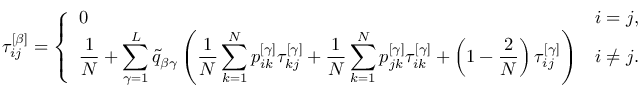
\tau _ { i j } ^ { \left[ \beta \right] } = \left\{ \begin{array} { l l } { \displaystyle 0 } & { \displaystyle i = j , } \\ { \displaystyle \frac { 1 } { N } + \sum _ { \gamma = 1 } ^ { L } \widetilde { q } _ { \beta \gamma } \left( \frac { 1 } { N } \sum _ { k = 1 } ^ { N } p _ { i k } ^ { \left[ \gamma \right] } \tau _ { k j } ^ { \left[ \gamma \right] } + \frac { 1 } { N } \sum _ { k = 1 } ^ { N } p _ { j k } ^ { \left[ \gamma \right] } \tau _ { i k } ^ { \left[ \gamma \right] } + \left( 1 - \frac { 2 } { N } \right) \tau _ { i j } ^ { \left[ \gamma \right] } \right) } & { \displaystyle i \neq j . } \end{array} \right.